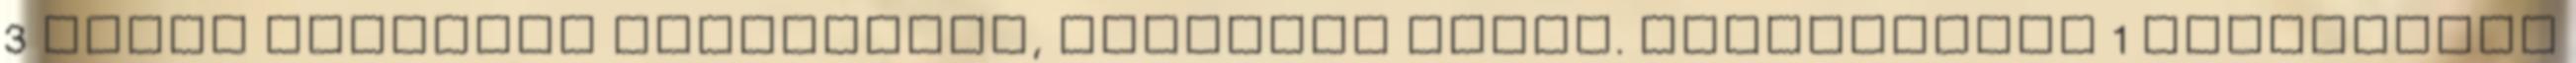
3 liter előzőleg felforralt, lehűtött vizet. Beleteszünk 1 kávéskanál